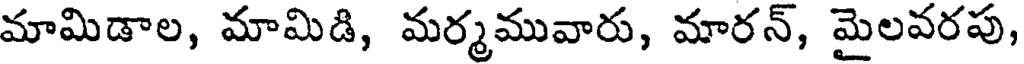
మామిడాల, మామిడి, మర్మమువారు, మారన్, మైలవరపు,